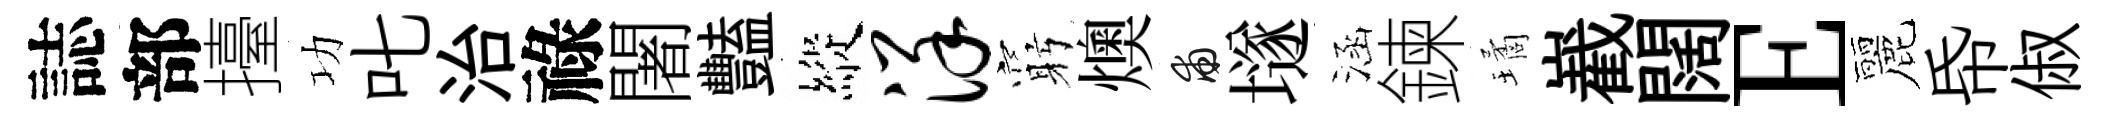
誌部擡功叱治祿闍豔縱详窮燠甫𡑞涵鍊璚嶻闊E麗帋俶